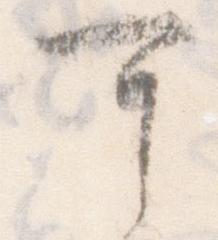
可